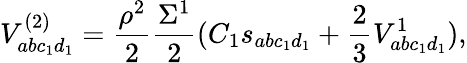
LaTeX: V_{abc_{1}d_{1}}^{(2)}=\frac{\rho^{2}}{2}\frac{\Sigma^{1}}{2}(C_{1}s_{abc_{1}d_{1}}+\frac{2}{3}V_{abc_{1}d_{1}}^{1}),